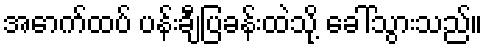
အောက်ထပ် ပန်းချီပြခန်းထဲသို့ ခေါ်သွားသည်။